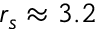
r _ { s } \approx 3 . 2